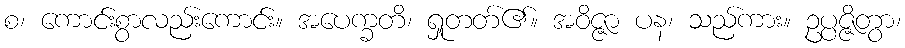
စ၊ ကောင်းစွာလည်းကောင်း။ အပေက္ခတိ၊ ရှုတတ်၏။ အဝိဇ္ဇာ ပန၊ သည်ကား။ ဥပ္ပဇ္ဇိတွာ၊